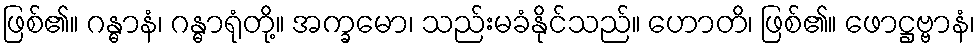
ဖြစ်၏။ ဂန္ဓာနံ၊ ဂန္ဓာရုံတို့။ အက္ခမော၊ သည်းမခံနိုင်သည်။ ဟောတိ၊ ဖြစ်၏။ ဖောဋ္ဌဗ္ဗာနံ၊